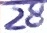
Text: 28